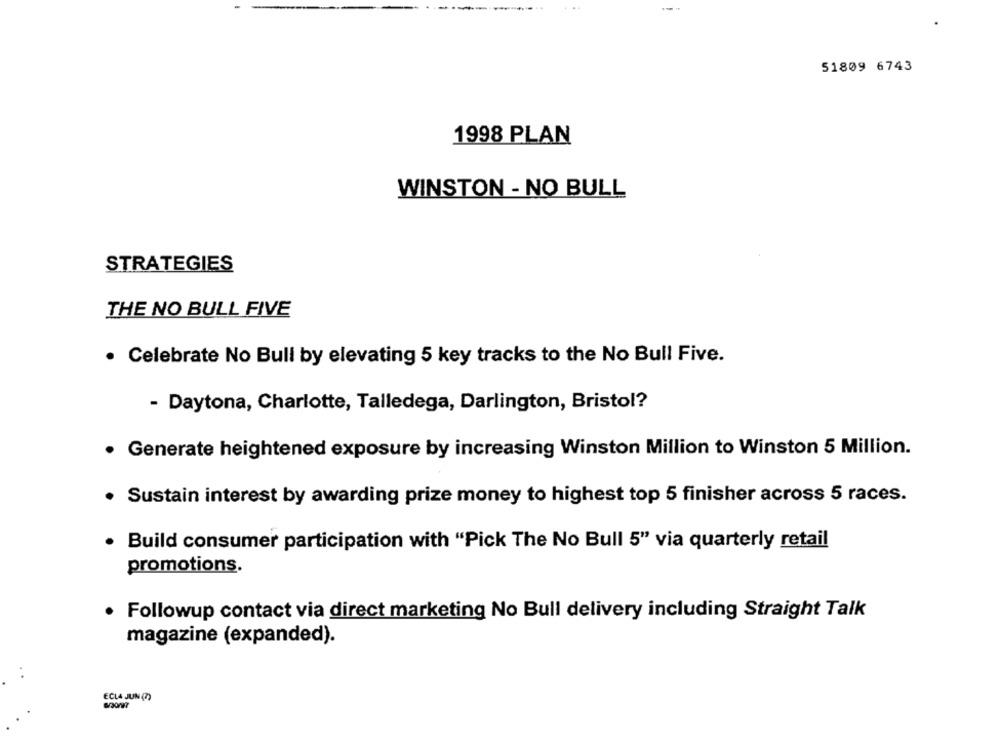
51809 6743
1998 PLAN
WINSTON - NO BULL
STRATEGIES
THE NO BULL FIVE
. Celebrate No Bull by elevating 5 key tracks to the No Bull Five.
- Daytona, Charlotte, Talledega, Darlington, Bristol?
Generate heightened exposure by increasing Winston Million to Winston 5 Million.
Sustain interest by awarding prize money to highest top 5 finisher across 5 races.
Build consumer participation with "Pick The No Bull 5" via quarterly retail
promotions.
Followup contact via direct marketing No Bull delivery including Straight Talk
magazine (expanded).
ECLA JUN (7)